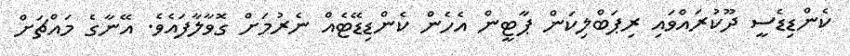
ކެންޑިޑެސީ ދޫކުރައްވައި ރިޕަބްލިކަން ޕާޓީން އެހެން ކެންޑިޑޭޓެއް ނެރުމަށް ގޮވާލާފައެވެ. އޭނާގެ މައްޗަށް